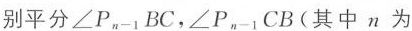
别平分∠P_{n-1}BC，∠P_{n-1}CB(其中n为